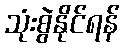
သုံးစွဲနိုင်ရန်